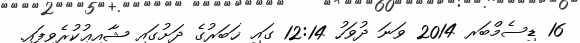
16 ޑިސެމްބަރ 2014 ވަނަ ދުވަހު 12:14 ގައި ޚަބަރުގެ ދަށުގައި ޝާއިޢުކުރެވިފައި.